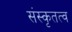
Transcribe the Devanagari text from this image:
संस्कृतत्व